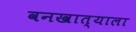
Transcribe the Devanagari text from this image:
वनखात्याला